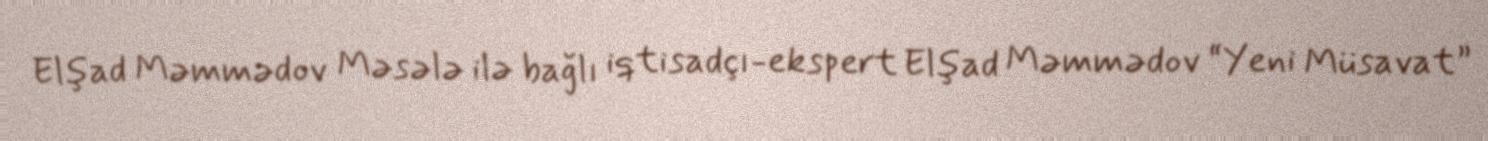
Elşad Məmmədov Məsələ ilə bağlı iqtisadçı-ekspert Elşad Məmmədov “Yeni Müsavat”